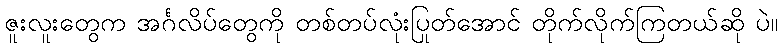
ဇူးလူးတွေက အင်္ဂလိပ်တွေကို တစ်တပ်လုံးပြုတ်အောင် တိုက်လိုက်ကြတယ်ဆို ပဲ။